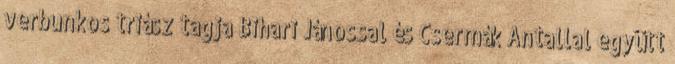
verbunkos triász tagja Bihari Jánossal és Csermák Antallal együtt